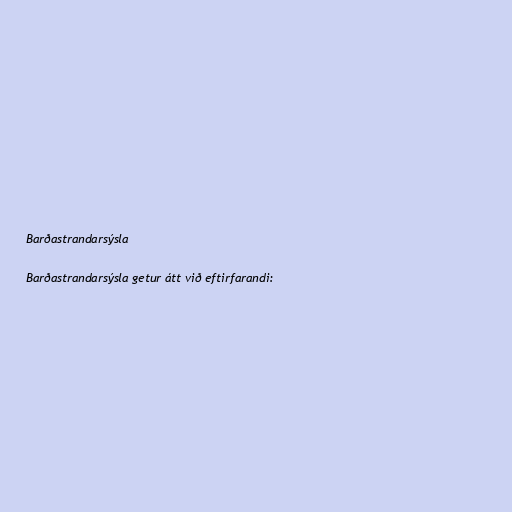
Barðastrandarsýsla

Barðastrandarsýsla getur átt við eftirfarandi: